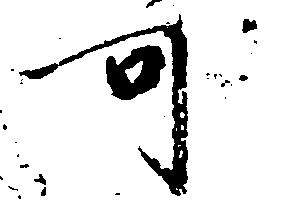
可